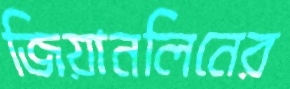
জিয়ানলিনের